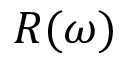
R ( \omega )